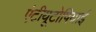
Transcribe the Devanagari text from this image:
एंटीयूटोपियाई